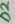
Text: D2